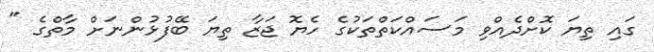
ގައި ތިޔަ ކޮށްދެއްވި މަސައްކަތްތަކުގެ ހެޔޮ ޖަޒާ ތިޔަ ބޭފުޅުންނަށް މާތްގެ "